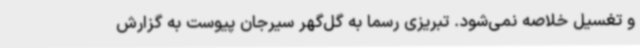
و تغسیل خلاصه نمی‌شود. تبریزی رسما به گل‌گهر سیرجان پیوست به گزارش